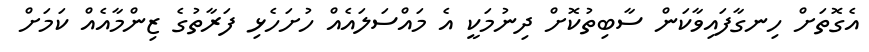
އެގޮތަށް ހިނގާފައިވާކަން ސާބިތުކޮށް ދިނުމަކީ އެ މައްސަލައެއް ހުށަހެޅި ފަރާތުގެ ޒިންމާއެއް ކަމަށް